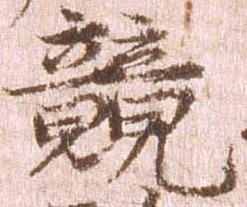
競